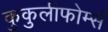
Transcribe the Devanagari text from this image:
कुकुलीफोर्म्स